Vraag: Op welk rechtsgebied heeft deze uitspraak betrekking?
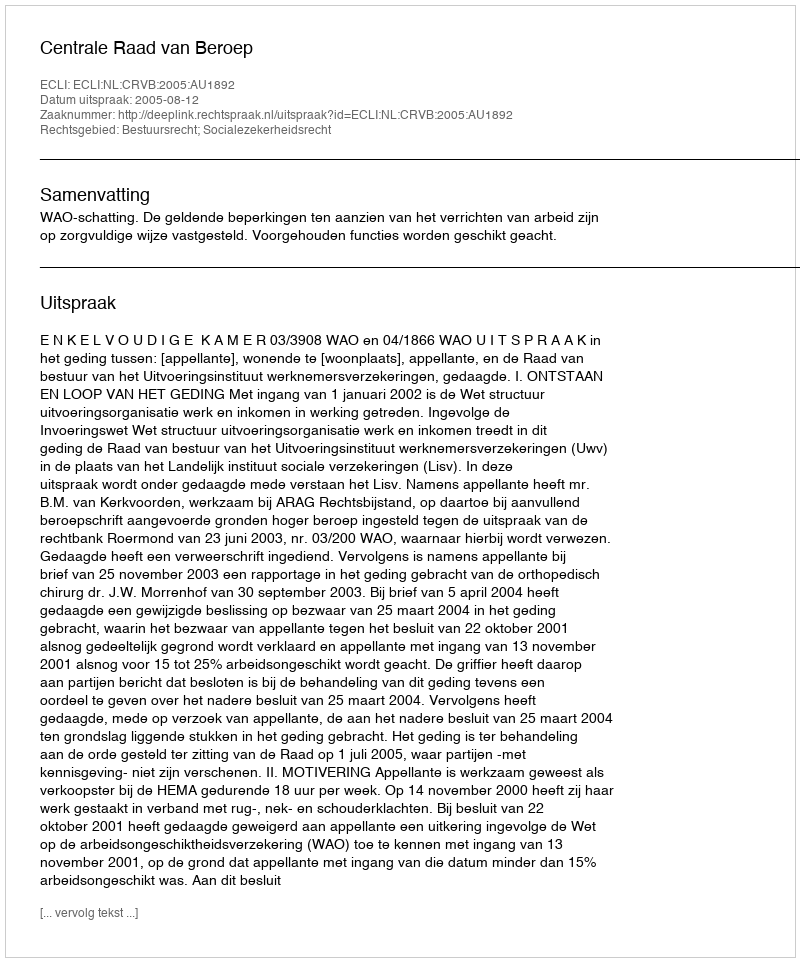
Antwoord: Bestuursrecht; Socialezekerheidsrecht